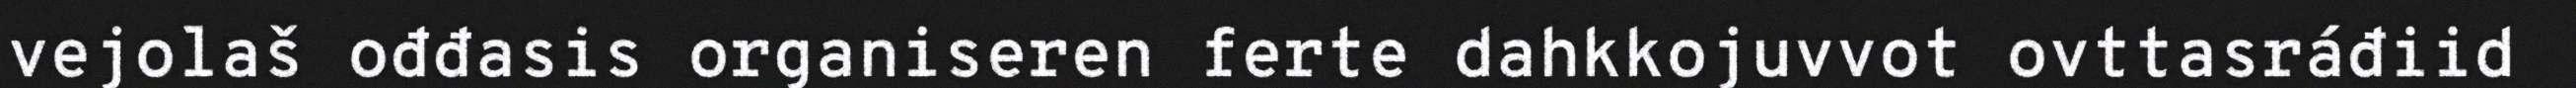
vejolaš ođđasis organiseren ferte dahkkojuvvot ovttasráđiid